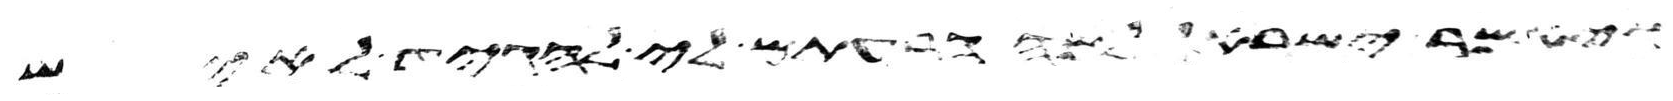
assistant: ויאמר ישראל למה הרעתם לי להגיד לאיש